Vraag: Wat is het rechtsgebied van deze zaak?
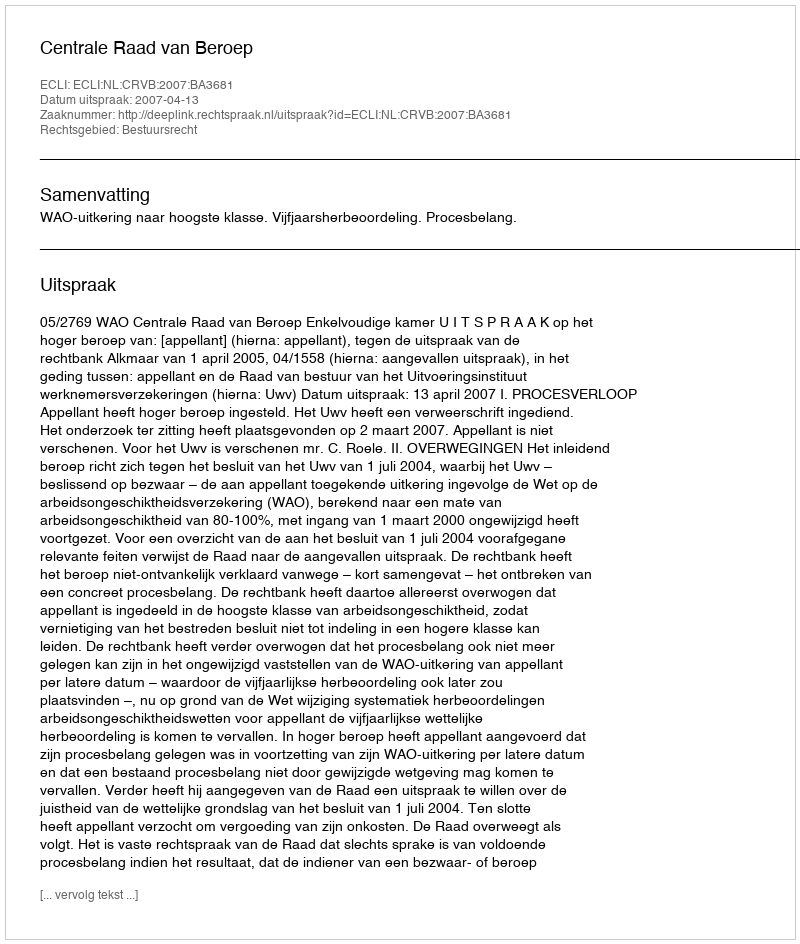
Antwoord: Bestuursrecht